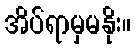
အိပ်ရာမှမနိုး။